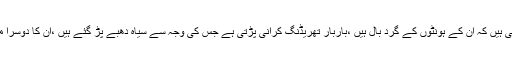
صائم غفور،لیّہ سے لکھتی ہیں کہ اُن کے ہونٹوں کے گرد بال ہیں ،باربار تھریڈنگ کرانی پڑتی ہے جس کی وجہ سے سیاہ دھبے پڑ گئے ہیں ،اُن کا دوسرا مسئلہ لیکوریا کا بھی ہے۔